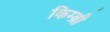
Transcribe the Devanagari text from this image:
किम्ब्री